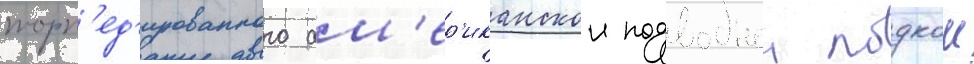
торп'ед'ированного ам'ер'иканскои подводнои лодкои